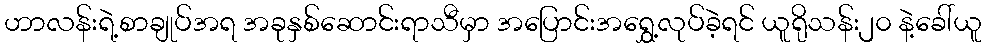
ဟာလန်းရဲ့စာချုပ်အရ အခုနှစ်ဆောင်းရာသီမှာ အပြောင်းအရွှေ့လုပ်ခဲ့ရင် ယူရိုသန်း၂၀ နဲ့ခေါ်ယူ